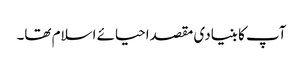
آپ کا بنیادی مقصداحیائے اسلام تھا۔